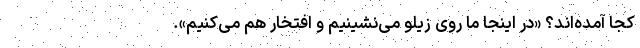
کجا آمده‌اند؟ «در اینجا ما روی زیلو می‌نشینیم و افتخار هم می‌کنیم».